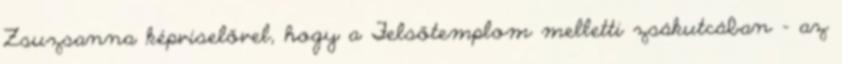
Zsuzsanna képviselővel, hogy a Felsőtemplom melletti zsákutcában – az